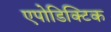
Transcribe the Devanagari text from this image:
एपोडिक्टिक